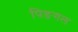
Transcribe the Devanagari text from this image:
पिङगल